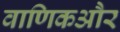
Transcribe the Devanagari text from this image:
वाणिकऔर